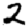
Digit: 2